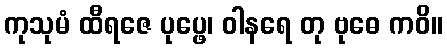
ကုသုမံ ထီရဇေ ပုပ္ဖေ၊ ဝါနရေ တု ဗုဓေ ကဝိ။